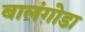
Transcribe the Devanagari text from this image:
बालंगोडा